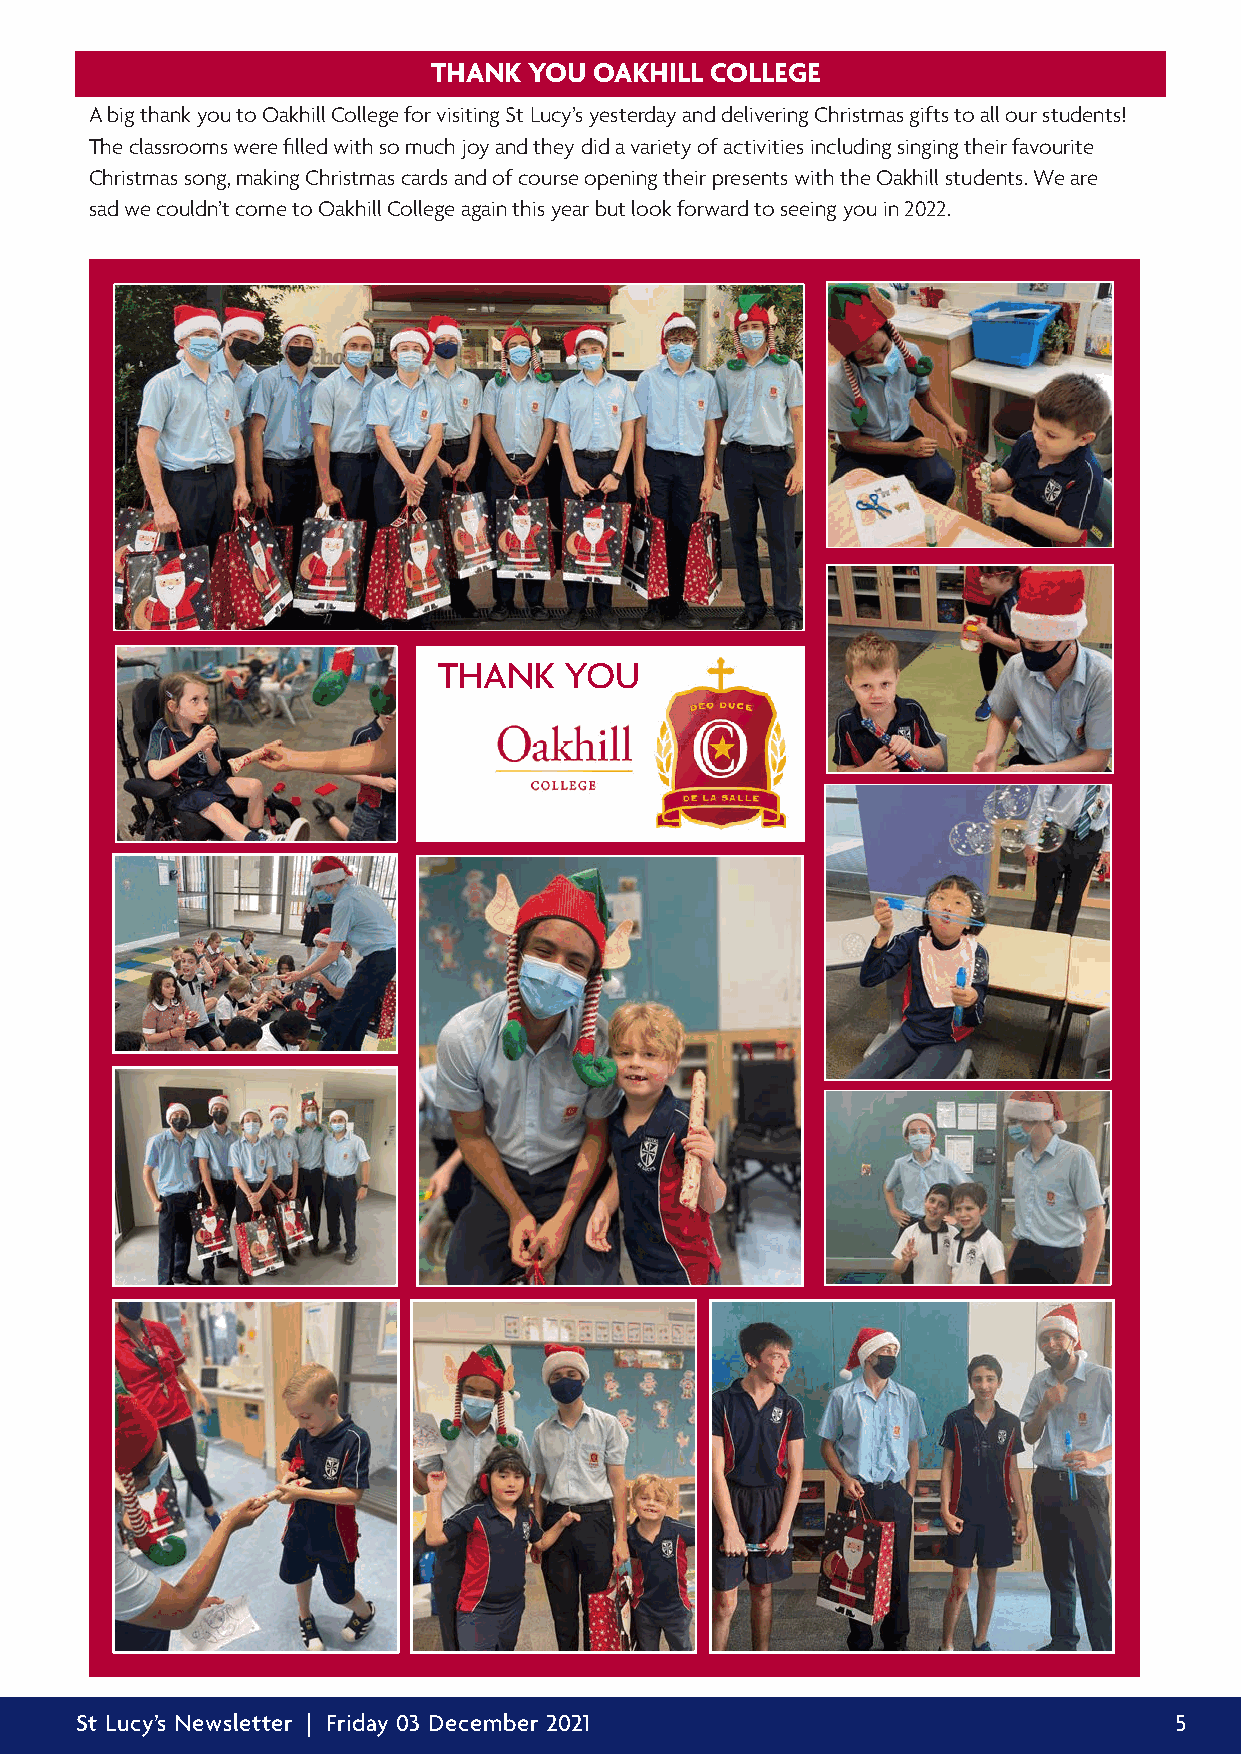
THANK YOU OAKHILL COLLEGE
 A big thank you to Oakhill College for visiting St Lucy’s yesterday and delivering Christmas gifts to all our students!
 The classrooms were filled with so much joy and they did a variety of activities including singing their favourite
 Christmas song, making Christmas cards and of course opening their presents with the Oakhill students. We are
 sad we couldn’t come to Oakhill College again this year but look forward to seeing you in 2022.
 THANK   YOU
 St Lucy’s Newsletter | Friday 03 December 2021                           5